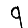
Digit: 9